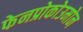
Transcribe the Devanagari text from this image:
फेनप्रोकोउमोन